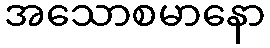
အသောစမာနော